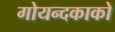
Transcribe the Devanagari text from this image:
गोयन्‍दकाको